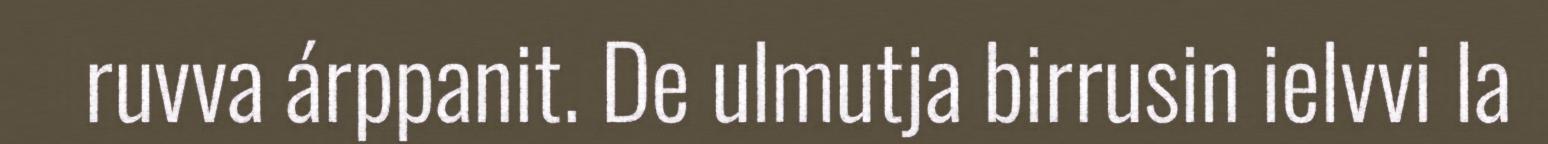
ruvva árppanit. De ulmutja birrusin ielvvi la